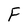
Character: f